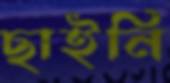
ছাইনি